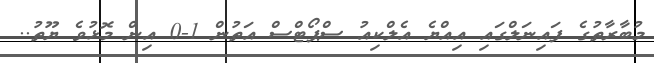
މުބާރާތުގެ ފައިނަލްގައި އިއްޔެ އެލްކިއު ސްޕޯޓްސް އަތުން 1-0 އިން މޮޅުވެ ޔޫތު..